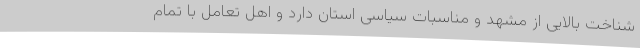
شناخت بالایی از مشهد و مناسبات سیاسی استان دارد و اهل تعامل با تمام